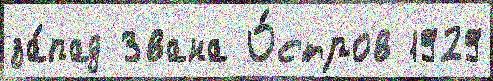
за́пад Звана О́стров 1929